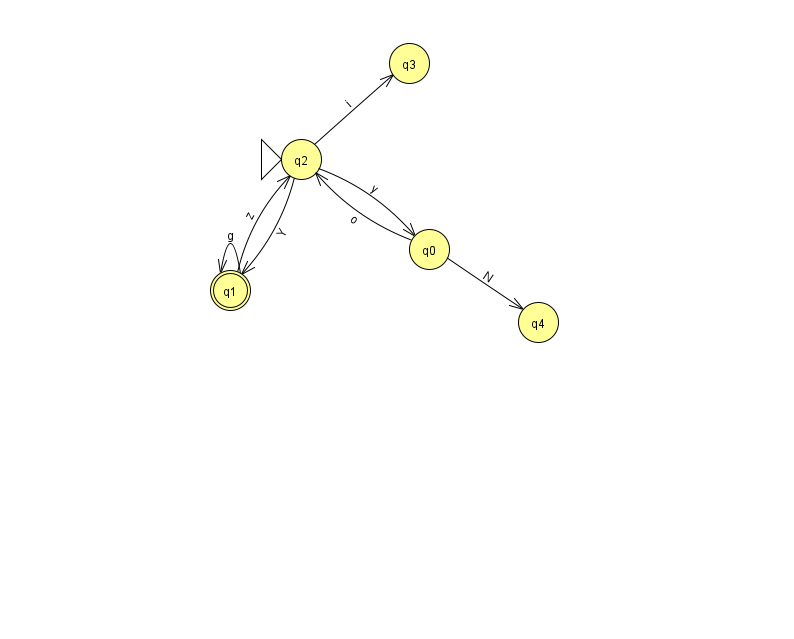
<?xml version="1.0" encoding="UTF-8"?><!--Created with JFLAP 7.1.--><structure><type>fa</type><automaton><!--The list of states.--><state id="0" name="q0"><x>429.0</x><y>236.0</y></state><state id="1" name="q1"><x>230.0</x><y>277.0</y><final/></state><state id="2" name="q2"><x>301.0</x><y>146.0</y><initial/></state><state id="3" name="q3"><x>409.0</x><y>50.0</y></state><state id="4" name="q4"><x>538.0</x><y>309.0</y></state><!--The list of transitions.--><transition><from>2</from><to>0</to><read>y</read></transition><transition><from>2</from><to>3</to><read>i</read></transition><transition><from>0</from><to>2</to><read>o</read></transition><transition><from>1</from><to>1</to><read>g</read></transition><transition><from>0</from><to>4</to><read>N</read></transition><transition><from>2</from><to>1</to><read>Y</read></transition><transition><from>1</from><to>2</to><read>z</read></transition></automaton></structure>